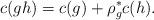
LaTeX: \begin{gather*}c(gh)= c(g)+\rho^*_{g} c(h).\end{gather*}